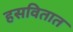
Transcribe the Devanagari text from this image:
हसवितात